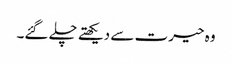
وہ حیرت سے دیکھتے چلے گئے۔